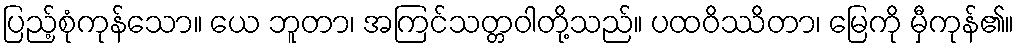
ပြည့်စုံကုန်သော။ ယေ ဘူတာ၊ အကြင်သတ္တဝါတို့သည်။ ပထဝိဿိတာ၊ မြေကို မှီကုန်၏။